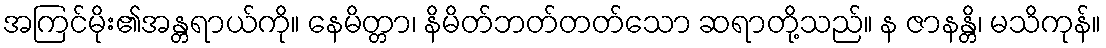
အကြင်မိုး၏အန္တရာယ်ကို။ နေမိတ္တာ၊ နိမိတ်ဘတ်တတ်သော ဆရာတို့သည်။ န ဇာနန္တိ၊ မသိကုန်။